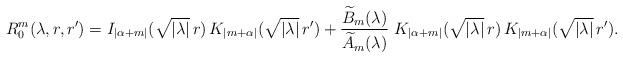
LaTeX: \begin{align*} R_0^m(\lambda, r,r') = I_{|\alpha+m|}(\sqrt{|\lambda|}\, r)\, K_{|m+\alpha|}(\sqrt{|\lambda|}\, r') +\frac{\widetilde B_m(\lambda)}{\widetilde A_m(\lambda)} \ K_{|\alpha+m|}(\sqrt{|\lambda|}\, r) \, K_{|m+\alpha|}(\sqrt{|\lambda|}\, r') .\end{align*}